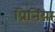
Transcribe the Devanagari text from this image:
प्रिनिया